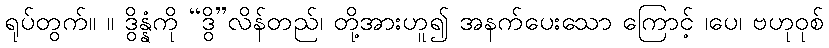
ရုပ်တွက်။ ။ ဒွိန္နံကို “ဒွိ”လိန်တည်၊ တို့အားဟူ၍ အနက်ပေးသော ကြောင့် ၊ပေ၊ ဗဟုဝုစ်